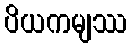
ပိယကမျဿ